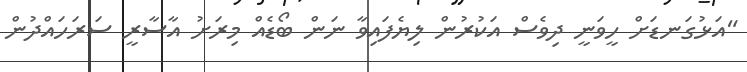
"އަޅުގަނޑަށް ހީވަނީ ދިވެސް އަކުރުން ލިޔެފައިވާ ނަން ބޯޑެއް މިރަށު އާސާރީ ސަރަހައްދުން